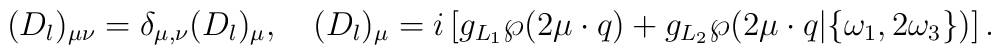
(D_l)_{\mu \nu}= \delta_{\mu,\nu}(D_l)_{\mu},\quad    (D_l)_{\mu}=i\left[    g_{L_1}\wp(2\mu\cdot q)+    g_{L_2}\wp(2\mu\cdot q|\{\omega_1,2\omega_3\})\right].